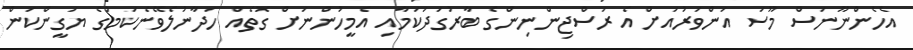
އެހެންނޫނަސް މޫސަ އަންވަރުއަށް އެ ރަސްޖިންނިންގެ ބާރުގަދަކަމާއި އެމީހުންނަށް ގޮތެއް ހަދާނުލެވޭނެކަމުގެ ޔަގީންކަން